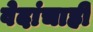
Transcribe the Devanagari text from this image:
वेदांचाही